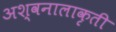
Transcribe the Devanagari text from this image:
अश्वनालाकृती